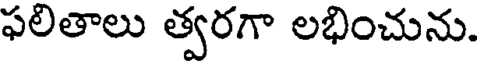
ఫలితాలు త్వరగా లభించును.